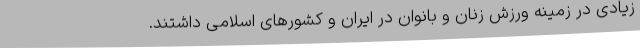
زیادی در زمینه ورزش زنان و بانوان در ایران و کشورهای اسلامی داشتند.